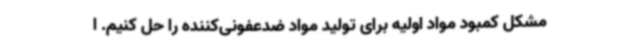
مشکل کمبود مواد اولیه برای تولید مواد ضدعفونی‌کننده را حل کنیم. ا